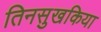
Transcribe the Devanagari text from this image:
तिनसुखकिया